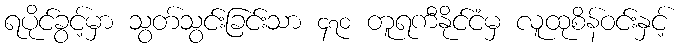
ရပိုင်ခွင့်မှာ သွတ်သွင်းခြင်းသာ ၄၇၀ တူရကီနိုင်ငံမှ လူထုစိန်ဝင်းနှင့်